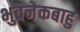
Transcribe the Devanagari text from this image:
भुवनेकबाहु